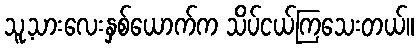
သူ့သားလေးနှစ်ယောက်က သိပ်ငယ်ကြသေးတယ်။